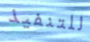
للتنفيذ